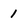
Character: 1